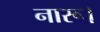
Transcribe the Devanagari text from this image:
नारू।